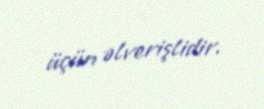
üçün əlverişlidir.